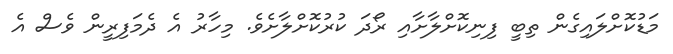
މަޑުކޮށްލައިގެން ތިބީ ފިނިކޮށްލާށާއި ރޯދަ ކުރުކޮށްލާށެވެ. މިހާރު އެ ދެމަފިރީން ވެސް އެ